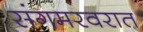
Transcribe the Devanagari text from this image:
संगमरवरात